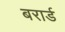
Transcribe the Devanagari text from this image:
बरार्ड